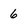
Character: 6